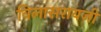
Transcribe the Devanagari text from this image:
विलासरायजी